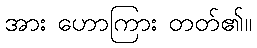
အား ဟောကြား တတ်၏။